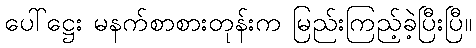
ပေါ်ဋ္ဌေး မနက်စာစားတုန်းက မြည်းကြည့်ခဲ့ပြီးပြီ။